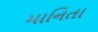
માનિતા